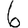
Digit: 6